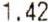
1.42